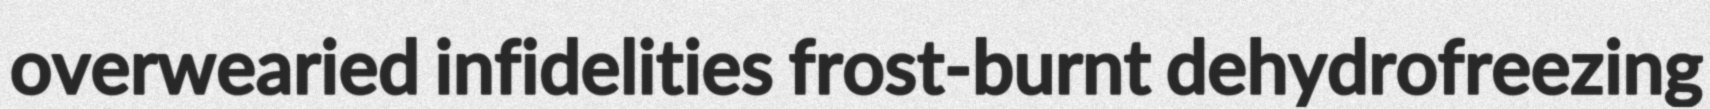
overwearied infidelities frost-burnt dehydrofreezing